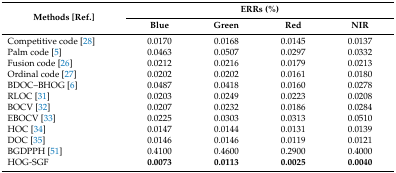
| <ROWSPAN=2> Methods [Ref.] | <COLSPAN=4> ERRs (%) |
 | Blue | Green | Red | NIR |
 | --- | --- | --- | --- | --- |
 | Competitive code [28] | 0.0170 | 0.0168 | 0.0145 | 0.0137 |
 | Palm code [5] | 0.0463 | 0.0507 | 0.0297 | 0.0332 |
 | Fusion code [26] | 0.0212 | 0.0216 | 0.0179 | 0.0213 |
 | Ordinal code [27] | 0.0202 | 0.0202 | 0.0161 | 0.0180 |
 | BDOC–BHOG [6] | 0.0487 | 0.0418 | 0.0160 | 0.0278 |
 | RLOC [31] | 0.0203 | 0.0249 | 0.0223 | 0.0208 |
 | BOCV [32] | 0.0207 | 0.0232 | 0.0186 | 0.0284 |
 | EBOCV [33] | 0.0225 | 0.0303 | 0.0313 | 0.0510 |
 | HOC [34] | 0.0147 | 0.0144 | 0.0131 | 0.0139 |
 | DOC [35] | 0.0146 | 0.0146 | 0.0119 | 0.0121 |
 | BGDPPH [51] | 0.4100 | 0.4600 | 0.2900 | 0.4000 |
 | HOG-SGF | 0.0073 | 0.0113 | 0.0025 | 0.0040 |